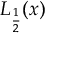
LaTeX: L _ { \frac { 1 } { 2 } } ( x )